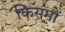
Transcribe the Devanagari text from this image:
किसमों